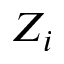
Z _ { i }